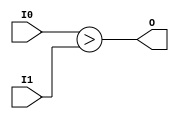
module coreir_sgt2_wrapped (
    input [1:0] I0,
    input [1:0] I1,
    output O
);
assign O = ($signed(I0)) > ($signed(I1));
endmodule